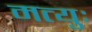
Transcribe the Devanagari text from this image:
मत्युः